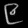
Digit: ၉